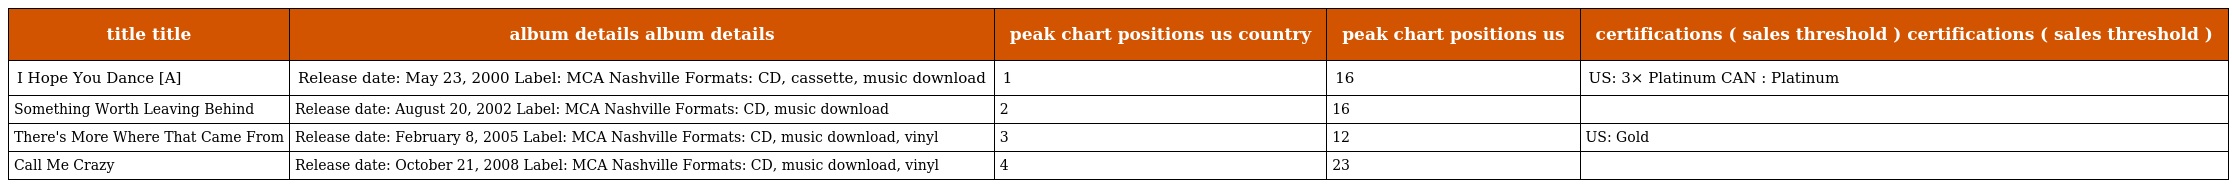
| title title | album details album details | peak chart positions us country | peak chart positions us | certifications ( sales threshold ) certifications ( sales threshold ) |
 | --- | --- | --- | --- | --- |
 | I Hope You Dance [A] | Release date: May 23, 2000 Label: MCA Nashville Formats: CD, cassette, music download | 1 | 16 | US: 3× Platinum CAN : Platinum |
 | Something Worth Leaving Behind | Release date: August 20, 2002 Label: MCA Nashville Formats: CD, music download | 2 | 16 |  |
 | There's More Where That Came From | Release date: February 8, 2005 Label: MCA Nashville Formats: CD, music download, vinyl | 3 | 12 | US: Gold |
 | Call Me Crazy | Release date: October 21, 2008 Label: MCA Nashville Formats: CD, music download, vinyl | 4 | 23 |  |